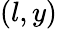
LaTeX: (l,y)